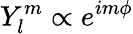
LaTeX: Y_{l}^{m}\propto e^{im\phi}